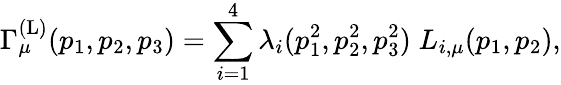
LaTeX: \Gamma_{\mu}^{(\mathrm{L})}(p_{1},p_{2},p_{3})=\sum_{i=1}^{4}\lambda_{i}(p_{1}^{2},p_{2}^{2},p_{3}^{2})\; L_{i,\mu}(p_{1},p_{2}),